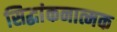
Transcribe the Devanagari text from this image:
सिद्धांकनात्मक